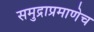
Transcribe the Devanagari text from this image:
समुद्राप्रमाणेच